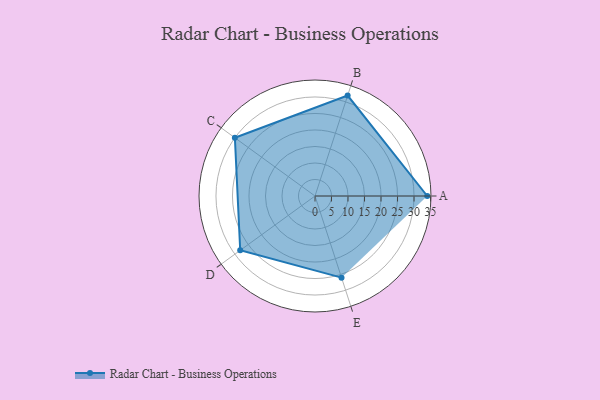
{"axis": {"x": "Skill", "y": "Score"}, "legend": ["Profile"], "data": [{"x": "A", "y": 34.0, "type": "Profile"}, {"x": "B", "y": 32.0, "type": "Profile"}, {"x": "C", "y": 30.0, "type": "Profile"}, {"x": "D", "y": 28.0, "type": "Profile"}, {"x": "E", "y": 26.0, "type": "Profile"}]}